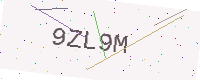
Text: 9ZL9M